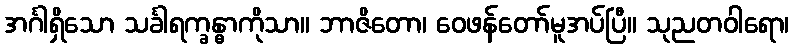
အင်္ဂါရှိသော သင်္ခါရက္ခန္ဓာကိုသာ။ ဘာဇိတော၊ ဝေဖန်တော်မူအပ်ပြီ။ သုညတဝါရော၊